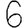
Digit: 6